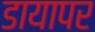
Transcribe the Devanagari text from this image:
डायापर